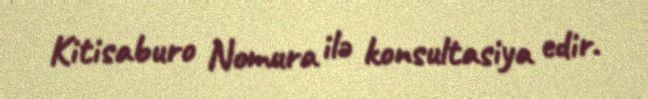
Kitisaburo Nomura ilə konsultasiya edir.